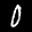
Label: 0